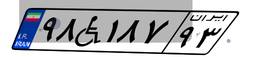
۹۸W۱۸۷۹۳